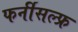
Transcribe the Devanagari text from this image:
फर्नीसल्फ्र